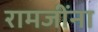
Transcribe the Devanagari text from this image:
रामजींना